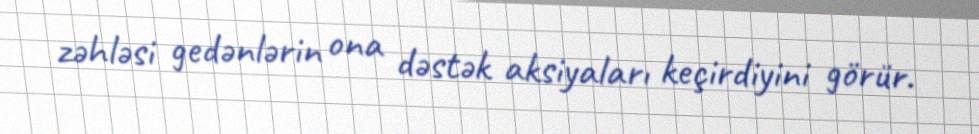
zəhləsi gedənlərin ona dəstək aksiyaları keçirdiyini görür.